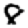
Digit: 8